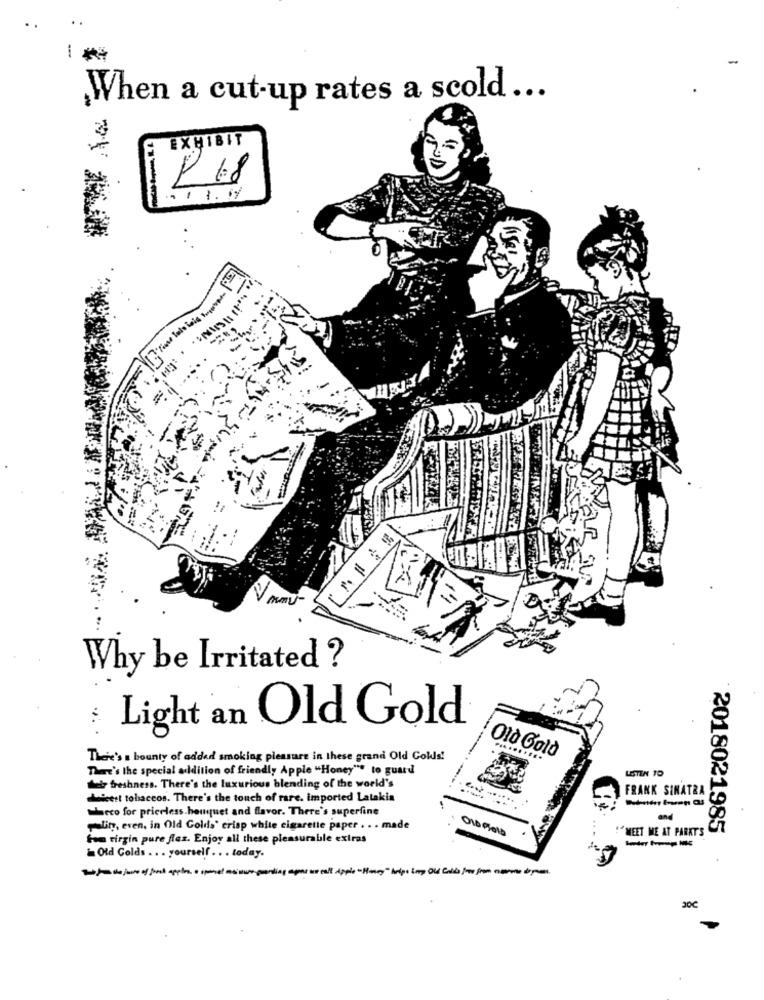
When a cut-up rates a scold ...
EXHIBIT
P 68
Why be Irritated ?
:
Light an Old Gold
There's a bounty of added smoking pleasure in these grand Old Cokls!
Old Gold
There's the special addition of friendly Apple "Honey"* to guard
LISTEN TO
det freshness. There's the luxurious blending of the world's
FRANK SINATRA
Liceet tobaccos. There's the touch of rare. imported Latakia
Wheco for priceless. bouquet and flavor. There's superfine
Maliny, even, in Old Golds' crisp white cigarette paper . . . made
:"MEET ME AT PARKT'S
2018021985
tom virgin pure fles. Enjoy all these pleasurable extras
----
Old Golds . . . yourself . . . today.
TAdejure of jord apples a spanel assure porting ages weall apple "Henry" hope imy Old Colis - from come to
30℃